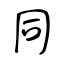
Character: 同